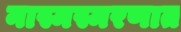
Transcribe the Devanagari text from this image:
नास्मस्मरणात